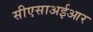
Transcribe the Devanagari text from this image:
सीएसाअईआर